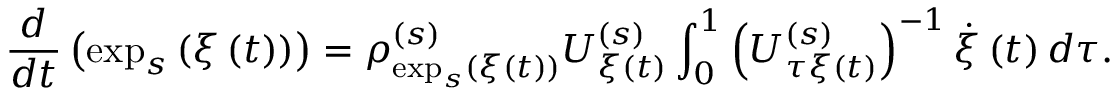
\frac { d } { d t } \left( \exp _ { s } \left( \xi \left( t \right) \right) \right) = \rho _ { \exp _ { s } \left( \xi \left( t \right) \right) } ^ { \left( s \right) } U _ { \xi \left( t \right) } ^ { \left( s \right) } \int _ { 0 } ^ { 1 } \left( U _ { \tau \xi \left( t \right) } ^ { \left( s \right) } \right) ^ { - 1 } \dot { \xi } \left( t \right) d \tau .